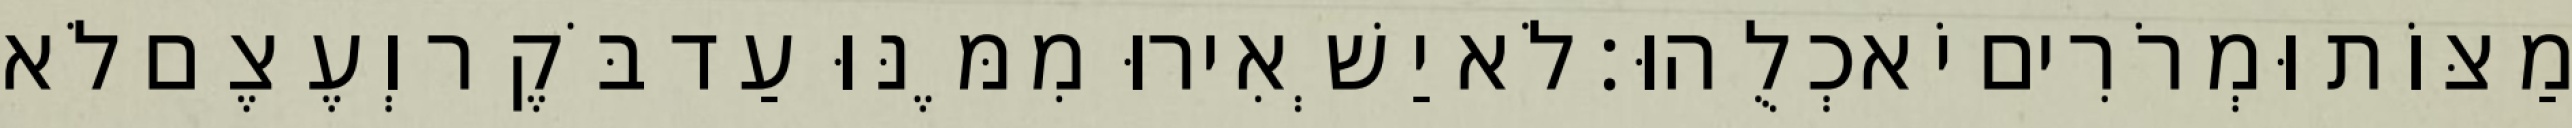
מַצּוֹת וּמְרֹרִים יֹאכְלֻהוּ׃ לֹא יַשְׁאִירוּ מִמֶּנּוּ עַד בֹּקֶר וְעֶצֶם לֹא